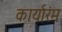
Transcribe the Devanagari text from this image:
कार्यारंम